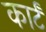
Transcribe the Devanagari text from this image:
कार्टं